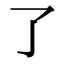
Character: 了